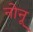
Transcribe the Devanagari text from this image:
नोनू